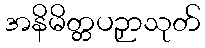
အနိမိတ္တပဉှာသုတ်